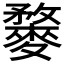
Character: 𪍓